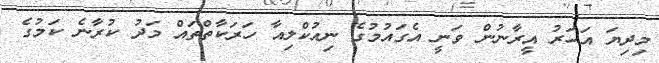
މިދިޔަ އަހަރު އީރާނުން ވަނީ އެގައުމުގެ ނިއުކްލިއާ ހަރަކާތްތައް މަދު ކުރާނެ ކަމުގެ